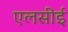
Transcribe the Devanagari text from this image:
एलसीई